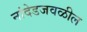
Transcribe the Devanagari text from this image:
नांदेडजवळील